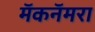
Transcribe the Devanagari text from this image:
मॅकनॅमरा